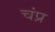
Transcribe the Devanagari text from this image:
चंप्र